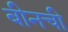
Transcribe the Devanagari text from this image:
बीनची